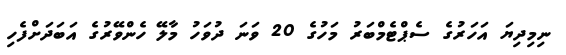
ނިމިދިޔަ އަހަރުގެ ސެޕްޓެމްބަރު މަހުގެ 20 ވަނަ ދުވަހު މާލޭ ހެންވޭރުގެ އަބަދަށްފެހި